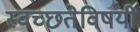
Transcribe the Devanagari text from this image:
स्वच्छतेविषयी